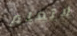
لاتعلم